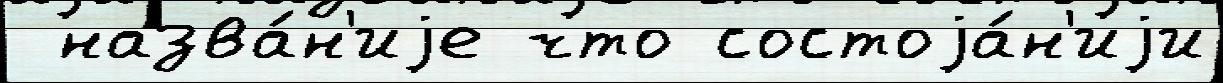
 назва́н'иjе что состоjа́н'иjи